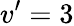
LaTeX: v’=3